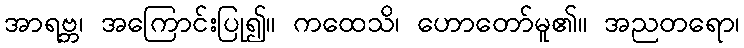
အာရဗ္ဘ၊ အကြောင်းပြု၍။ ကထေသိ၊ ဟောတော်မူ၏။ အညတရော၊